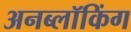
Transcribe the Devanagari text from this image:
अनब्लॉकिंग